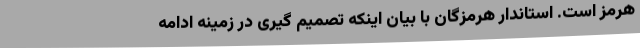
هرمز است. استاندار هرمزگان با بیان اینکه تصمیم گیری در زمینه ادامه